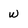
Character: w